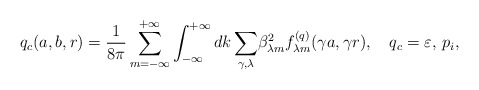
\begin{align*}q_c(a,b,r)=\frac{1}{8\pi }\sum_{m=-\infty}^{+\infty}\int_{-\infty}^{+\infty}{dk\sum_{\gamma ,\lambda }}\beta _{\lambda m}^2f_{\lambda m}^{(q)}(\gamma a, \gamma r),\quad q_c=\varepsilon ,\, p_i,\end{align*}